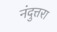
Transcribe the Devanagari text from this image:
नंदुत्तरा